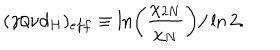
( \gamma / \nu d _ { H } ) _ { e f f } \equiv \ln \left( { \frac { \chi _ { 2 N } } { \chi _ { N } } } \right) / \ln 2 .